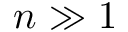
n \gg 1